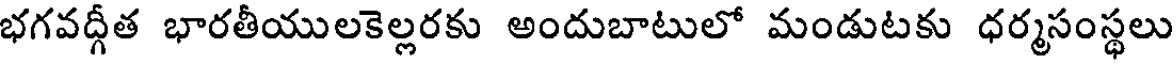
భగవద్గీత భారతీయులకెల్లరకు అందుబాటులో మండుటకు ధర్మసంస్థలు